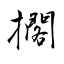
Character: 擱